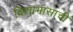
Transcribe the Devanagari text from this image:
विद्याभासाची